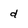
Character: g